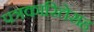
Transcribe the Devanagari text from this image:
पत्रकारितेसह